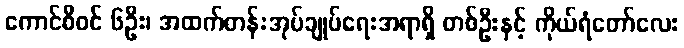
ကောင်စီဝင် ၆ဦး၊ အထက်တန်းအုပ်ချုပ်ရေးအရာရှိ တစ်ဦးနှင့် ကိုယ်ရံတော်လေး